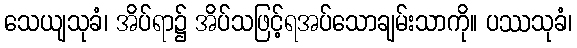
သေယျသုခံ၊ အိပ်ရာ၌ အိပ်သဖြင့်ရအပ်သောချမ်းသာကို။ ပဿသုခံ၊